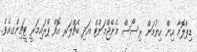
ޑިޕްލޮމާ އިން ހިޔުމަން ރިސޯސް މެނޭޖްމަންޓް އަދި ބެޗްލަރ އޮފް ޕްރައިމަރީ ޓީޗިންގއެވެ.